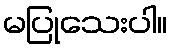
မပြုသေးပါ။